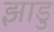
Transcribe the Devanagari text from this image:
झाडु